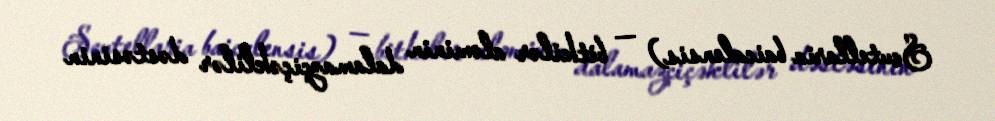
Scutellaria baicalensis) — bitkilər aləminin dalamazçiçəklilər dəstəsinin